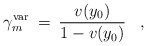
\begin{align*}\gamma_m^{\rm var} \> = \> { v(y_0) \over 1 - v(y_0)}\;\;\;,\end{align*}